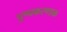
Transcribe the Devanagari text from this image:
पुष्पकरण्डक